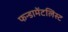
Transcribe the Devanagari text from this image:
फन्डामेंटलिस्ट